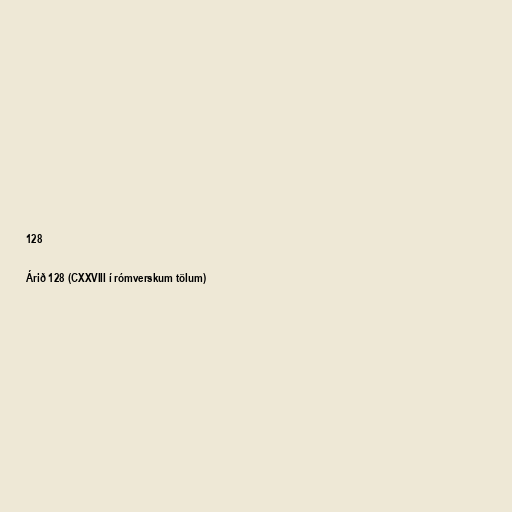
128

Árið 128 (CXXVIII í rómverskum tölum)